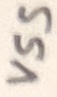
Text: VSS